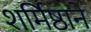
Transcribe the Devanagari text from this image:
शर्मिष्ठाने